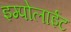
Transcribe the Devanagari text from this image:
इम्पोलाईट